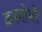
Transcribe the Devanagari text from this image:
बनगोभी